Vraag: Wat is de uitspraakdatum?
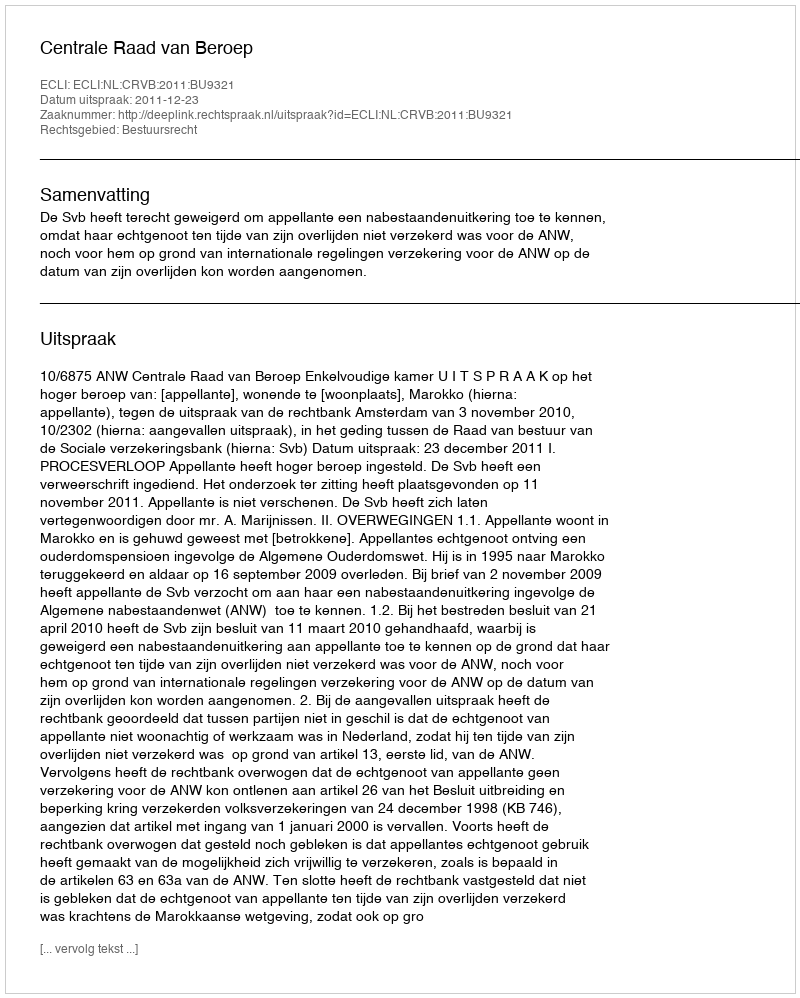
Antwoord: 2011-12-23